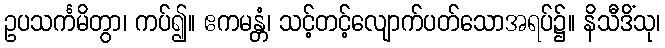
ဥပသင်္ကမိတွာ၊ ကပ်၍။ ဧကမန္တံ၊ သင့်တင့်လျောက်ပတ်သောအရပ်၌။ နိသီဒိံသု၊